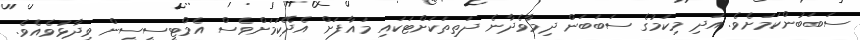
ސަބަބުންކަމަށެވެ. އަދި މިކަމުގެ ސަބަބަން ދިމާވެދާނެ ދަތިތަކަށްޓަކައި މައާފަށް އެދޭކަމަށްވެސް އެމްޓީސީސީން ވިދާޅުވެއެވެ.